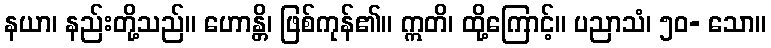
နယာ၊ နည်းတို့သည်။ ဟောန္တိ၊ ဖြစ်ကုန်၏။ ဣတိ၊ ထို့ကြောင့်။ ပညာသံ၊ ၅၀- သော။